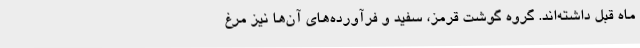
ماه قبل داشته‌اند. گروه گوشت قرمز، سفید و فرآورده‌های آن‌ها نیز مرغ